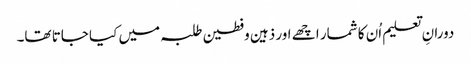
دورانِ تعلیم اُن کا شمار اچھے اور ذہین وفطین طلبہ میں کیا جاتا تھا۔